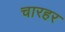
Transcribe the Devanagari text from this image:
चारहर